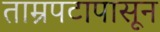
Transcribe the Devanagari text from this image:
ताम्रपटापासून